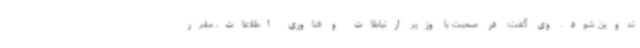
تدوین شود. وی گفت: در صحبت با وزیر ارتباطات و فناوری اطلاعات، مقرر